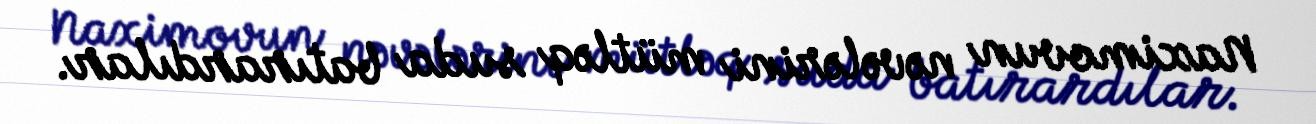
Naximovun nəvələrini mütləq suda batırardılar.